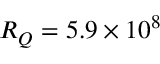
R _ { Q } = 5 . 9 \times 1 0 ^ { 8 }